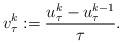
LaTeX: \begin{align*}v_\tau^k:=\frac{u_\tau^k-u_\tau^{k-1}}{\tau}.\end{align*}